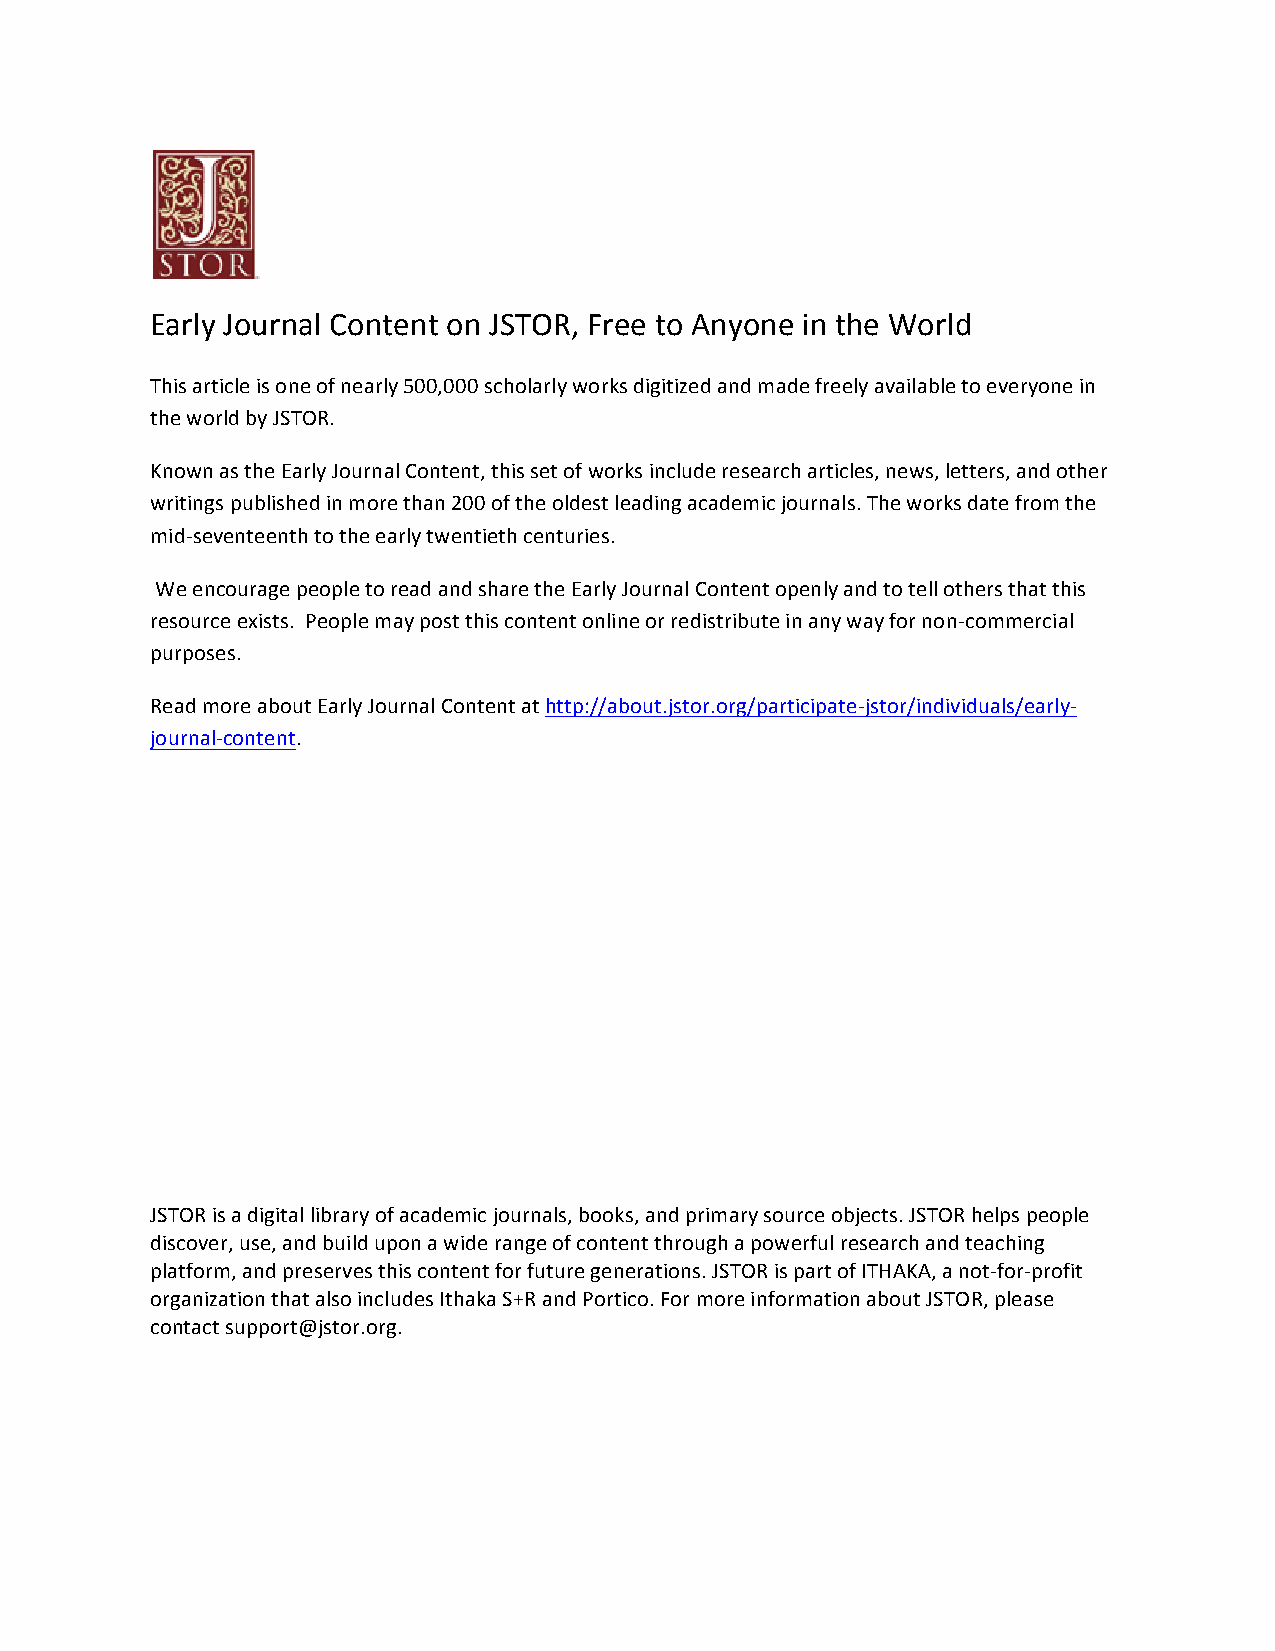
Early Journal Content on JSTOR, Free to Anyone in the World
 This article is one of nearly 500,000 scholarly works digitized and made freely available to everyone in
 the world by JSTOR.
 Known as the Early Journal Content, this set of works include research articles, news, letters, and other
 writings published in more than 200 of the oldest leading academic journals. The works date from the
 mid-­‐seventeenth to the early twentieth centuries.
 We encourage people to read and share the Early Journal Content openly and to tell others that this
 resource exists. People may post this content online or redistribute in any way for non-­‐commercial
 purposes.
 Read more about Early Journal Content at http://about.jstor.org/participate-­‐jstor/individuals/early-­‐
 journal-­‐content.
 JSTOR is a digital library of academic journals, books, and primary source objects. JSTOR helps people
 discover, use, and build upon a wide range of content through a powerful research and teaching
 platform, and preserves this content for future generations. JSTOR is part of ITHAKA, a not-­‐for-­‐profit
 organization that also includes Ithaka S+R and Portico. For more information about JSTOR, please
 contact support@jstor.org.